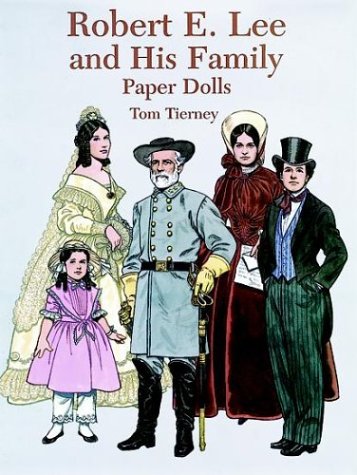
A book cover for Robert E. Lee and His Family Paper Dolls; Tom Tierney; Teen & Young Adult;